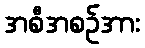
အစီအစဉ်အား